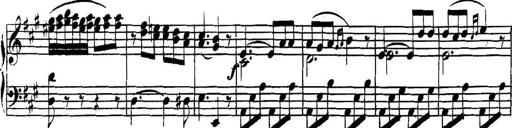
Title: Collected Piano Sonatas
Composer: Muzio Clementi